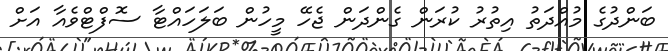
ބަންދުގެ މުއްދަތު އިތުރު ކުރަން ގެންދަން ޖެހޭ މީހުން ބަލަހައްޓާ ސޮފްޓްވެއާ އަށް